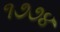
૧૭૭૪